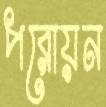
পরোয়ন